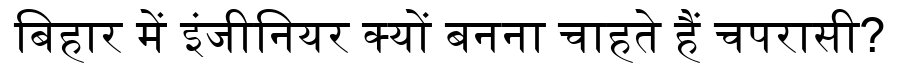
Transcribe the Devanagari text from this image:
बिहार में इंजीनियर क्यों बनना चाहते हैं चपरासी?